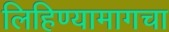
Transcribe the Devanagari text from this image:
लिहिण्यामागचा